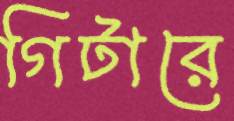
গিটারে